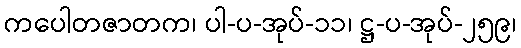
ကပေါတဇာတက၊ ပါ-ပ-အုပ်-၁၁၊ ဋ္ဌ-ပ-အုပ်-၂၅၉၊